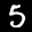
Label: 5